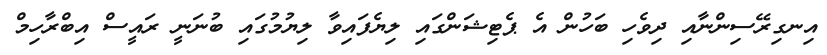
އިނގިރޭސިންނާއި ދިވެހި ބަހުން އެ ޕެޓިޝަންގައި ލިޔެފައިވާ ލިޔުމުގައި ބުނަނީ ރައީސް އިބްރާހިމް